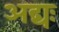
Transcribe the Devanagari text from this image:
अद्यः